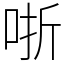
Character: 哳